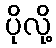
ပိုလို့